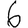
Digit: 6